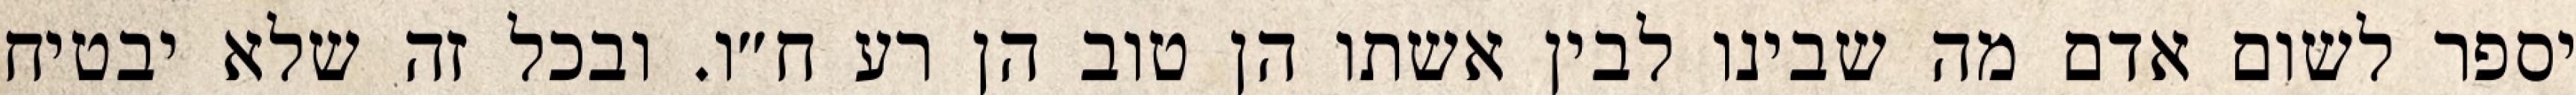
יספר לשום אדם מה שבינו לבין אשתו הן טוב הן רע ח״ו. ובכל זה שלא יבטיח